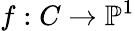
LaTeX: f:C\to\mathbb{P}^{1}